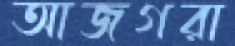
আজগরা